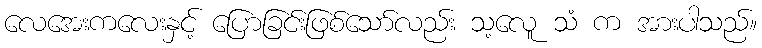
လေအေးကလေးနှင့် ပြောခြင်းဖြစ်သော်လည်း သ့လေူ သံ က အားပါသည်။